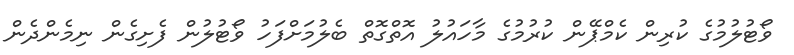
ވޯޓުލުމުގެ ކުރިން ކެމްޕޭން ކުރުމުގެ މާހައުލު އޮތްގޮތް ބެލުމަށްފަހު ވޯޓުލުން ފެށިގެން ނިމެންދެން